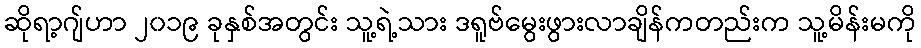
ဆိုရာ့ဂျ်ဟာ ၂၀၁၉ ခုနှစ်အတွင်း သူ့ရဲ့သား ဒရူဗ်မွေးဖွားလာချိန်ကတည်းက သူ့မိန်းမကို